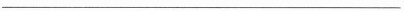
___